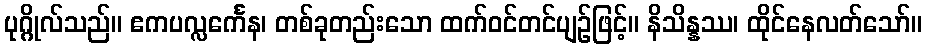
ပုဂ္ဂိုလ်သည်။ ဧကပလ္လင်္ကေန၊ တစ်ခုတည်းသော ထက်ဝင်တင်ပျဉ်ဖြင့်။ နိသိန္နဿ၊ ထိုင်နေလတ်သော်။